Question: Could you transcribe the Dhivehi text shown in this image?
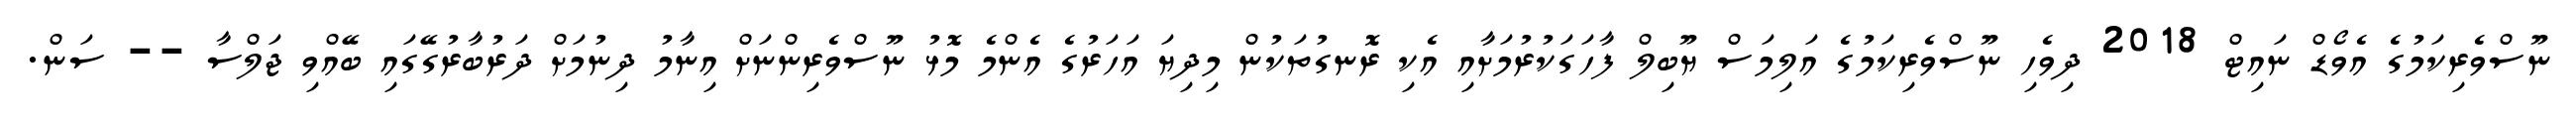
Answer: ނޫސްވެރިކަމުގެ އެވޯޑް ނައިޓް 2018 ދިވެހި ނޫސްވެރިކަމުގެ އަލިމަސް ޔޫބިލް ފާހަގަކުރުމަށާއި އެކި ރޮނގުތަކުން މިދިޔަ އަހަރުގެ އެންމެ މޮޅު ނޫސްވެރިންނަށް އިނާމު ދިނުމަށް ދަރުބާރުގޭގައި ބޭއްވި ޖަލްސާ -- ސަން.